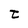
Character: t